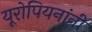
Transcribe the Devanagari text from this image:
यूरोपियनांनी